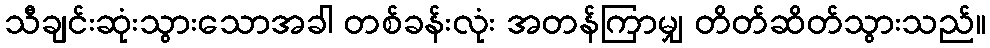
သီချင်းဆုံးသွားသောအခါ တစ်ခန်းလုံး အတန်ကြာမျှ တိတ်ဆိတ်သွားသည်။